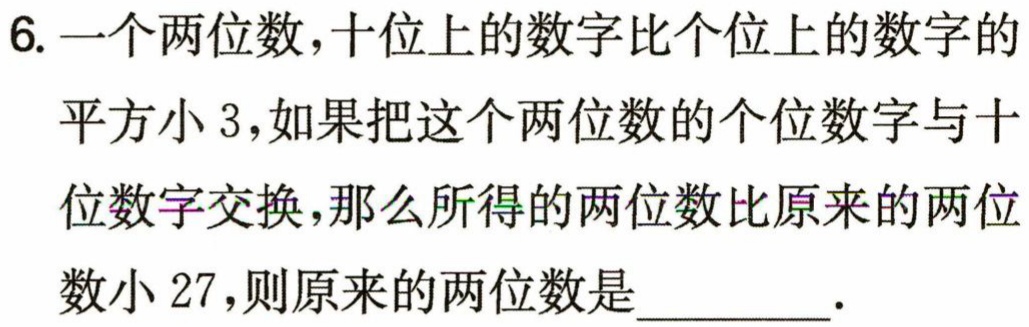
6. 一个两位数，十位上的数字比个位上的数字的
平方小3，如果把这个两位数的个位数字与十
位数字交换，那么所得的两位数比原来的两位
数小27，则原来的两位数是________.